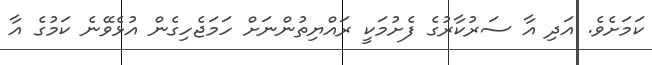
ކަމަށެވެ. އަދި އާ ސަރުކާރުގެ ފެށުމަކީ ރައްޔިތުންނަށް ހަމަޖެހިގެން އުޅެވޭނެ ކަމުގެ އާ